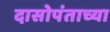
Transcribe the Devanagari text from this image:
दासोपंताच्या